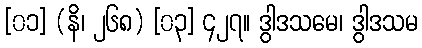
[၀၁] (နိ၊ ၂၆၈) [၀၃] ၄၂၇။ ဒွါဒသမေ၊ ဒွါဒသမ